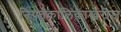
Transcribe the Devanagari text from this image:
नियतकालिकांखेरीज